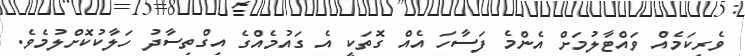
ވެރިކަމެއް ވައްޓާލުމަށް އެންމެ ފަސާހަ އެއް ގޮތަކީ އެ ގައުމެއްގެ އިގްތިސާދު ހަލާކުކޮށްލުމެވެ.